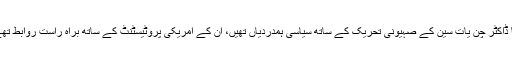
جمہوریہ چین کے رہ نما ڈاکٹر چن یات سین کے صہیونی تحریک کے ساتھ سیاسی ہمدردیاں تھیں، ان کے امریکی پروٹیسٹنٹ کے ساتھ براہ راست روابط تھے، اس دوران وہ مسیحی۔